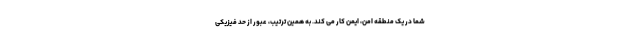
شما در یک منطقه امن، ایمن کار می کند. به همین ترتیب، عبور از حد فیزیکی